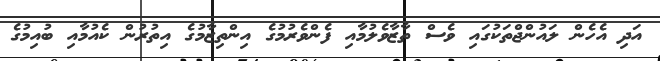
އަދި އެހެން ލައުންޖްތަކުގައި ވެސް ތާޒާވެލުމާއި ފެންވެރުމުގެ އިންތިޒާމުގެ އިތުރުން ކެއުމާއި ބުއިމުގެ